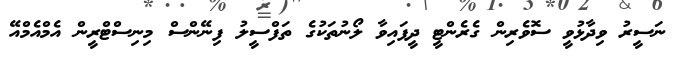
ނަސީރު ވިދާޅުވީ ސޮވެރިން ގެރެންޓީ ދީފައިވާ ލޯނުތަކުގެ ތަފްސީލު ފިނޭންސް މިނިސްޓްރީން އެމްއެމްއޭ